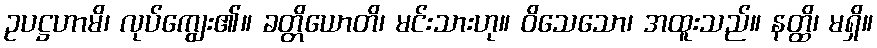
ဥပဋ္ဌဟာမိ၊ လုပ်ကျွေး၏။ ခတ္တိယောတိ၊ မင်းသားဟု။ ဝိသေသော၊ အထူးသည်။ နတ္ထိ၊ မရှိ။